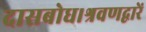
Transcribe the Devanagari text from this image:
दासबोध।श्रवणद्वारें